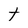
Character: t